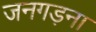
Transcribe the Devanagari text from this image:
जनगड़ना